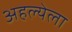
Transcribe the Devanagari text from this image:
अहल्येला